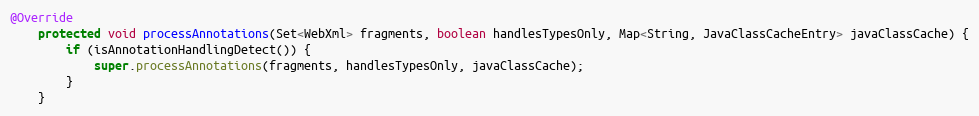
Language: Java
@Override
    protected void processAnnotations(Set<WebXml> fragments, boolean handlesTypesOnly, Map<String, JavaClassCacheEntry> javaClassCache) {
        if (isAnnotationHandlingDetect()) {
            super.processAnnotations(fragments, handlesTypesOnly, javaClassCache);
        }
    }